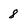
Character: 8